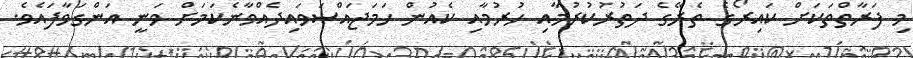
މި ފަރާތްތަކަށް ކައިރޯގެ ތެރޭގެ ދަތުރުކުރުމާއި ހުރުމާއި ކެއުން ހަމަޖައްސަވައިދެއްވާނެކަމަށް ވަނީ އަންގަވާފައެވެ.